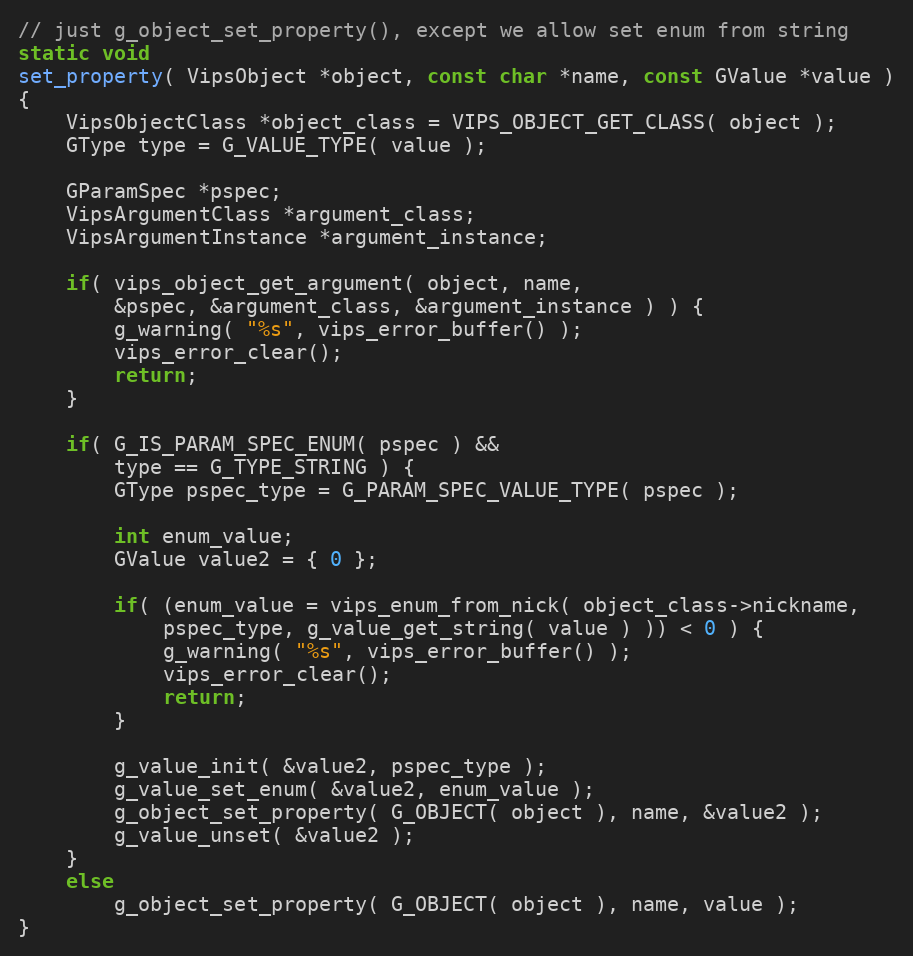
Language: C++
// just g_object_set_property(), except we allow set enum from string
static void
set_property( VipsObject *object, const char *name, const GValue *value )
{
	VipsObjectClass *object_class = VIPS_OBJECT_GET_CLASS( object );
	GType type = G_VALUE_TYPE( value );

	GParamSpec *pspec;
	VipsArgumentClass *argument_class;
	VipsArgumentInstance *argument_instance;

	if( vips_object_get_argument( object, name,
		&pspec, &argument_class, &argument_instance ) ) {
		g_warning( "%s", vips_error_buffer() );
		vips_error_clear();
		return;
	}

	if( G_IS_PARAM_SPEC_ENUM( pspec ) &&
		type == G_TYPE_STRING ) {
		GType pspec_type = G_PARAM_SPEC_VALUE_TYPE( pspec );

		int enum_value;
		GValue value2 = { 0 };

		if( (enum_value = vips_enum_from_nick( object_class->nickname,
			pspec_type, g_value_get_string( value ) )) < 0 ) {
			g_warning( "%s", vips_error_buffer() );
			vips_error_clear();
			return;
		}

		g_value_init( &value2, pspec_type );
		g_value_set_enum( &value2, enum_value );
		g_object_set_property( G_OBJECT( object ), name, &value2 );
		g_value_unset( &value2 );
	}
	else
		g_object_set_property( G_OBJECT( object ), name, value );
}